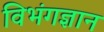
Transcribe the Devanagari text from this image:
विभंगज्ञान